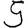
Digit: 5